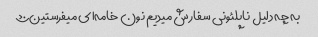
به چه دلیل ناپلئونی سفارش میدیم نون خامه‌ای میفرستین؟؟؟